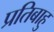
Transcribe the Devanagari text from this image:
प्रतिबाहु